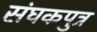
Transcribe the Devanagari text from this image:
संघकपुत्र